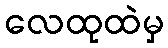
လေထုထဲမှ